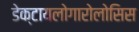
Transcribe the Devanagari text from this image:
डेक्टायलोगारोलोसिस